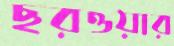
ছরওয়ার